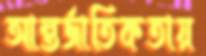
আন্তর্জাতিকতায়